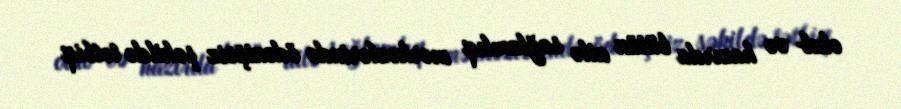
olub və hazırda bütün ailə sağlamlıq mərkəzlərində ödənişsiz şəkildə tətbiq